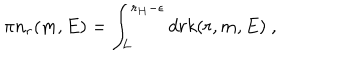
LaTeX: \pi n _ { r } ( m , E ) = \int _ { L } ^ { r _ { H } - \epsilon } d r k ( r , m , E ) ~ ,